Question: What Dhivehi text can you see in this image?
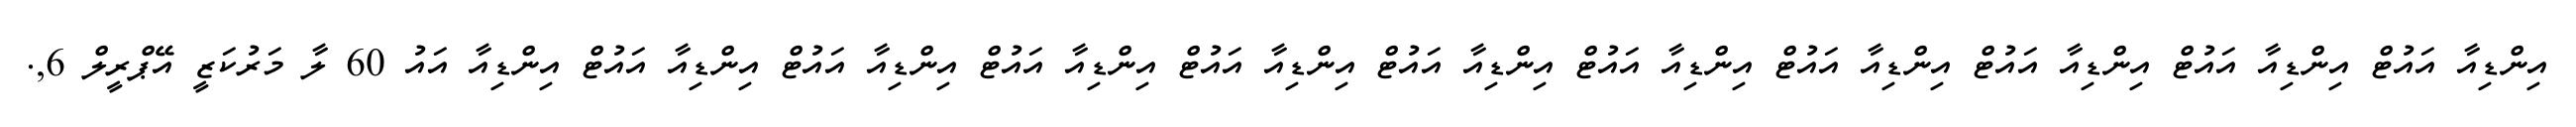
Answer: އިންޑިއާ އައުޓް އިންޑިއާ އައުޓް އިންޑިއާ އައުޓް އިންޑިއާ އައުޓް އިންޑިއާ އައުޓް އިންޑިއާ އައުޓް އިންޑިއާ އައުޓް އިންޑިއާ އައުޓް އިންޑިއާ އައުޓް އިންޑިއާ އައުޓް އިންޑިއާ އައު 60 ލާ މަރުކަޒީ އޭޕްރީލް 6,.